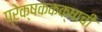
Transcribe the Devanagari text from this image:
प्रेक्षककक्षाची